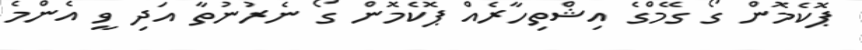
ޕޮކެމޮން ގޯ ގޭމްގެ އިޝްތިހާރެއް ޕޮކެމޮން ގޯ ނެރުނުތާ އަދި ވީ އެންމެ